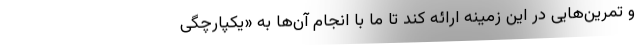
و تمرین‌هایی در این زمینه ارائه کند تا ما با انجام آن‌ها به «یکپارچگی